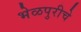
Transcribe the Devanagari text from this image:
भेळपुरीचे